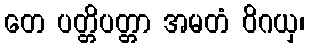
တေ ပတ္တိပတ္တာ အမတံ ဝိဂယှ၊